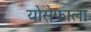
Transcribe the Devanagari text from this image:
योसेफाला